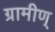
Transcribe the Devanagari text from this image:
ग्रामीण्